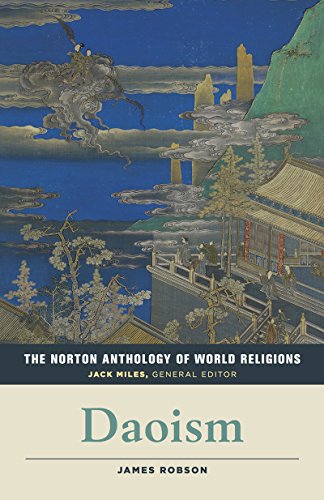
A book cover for The Norton Anthology of World Religions: Daoism; Religion & Spirituality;